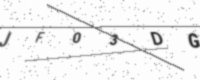
Text: JF03DG